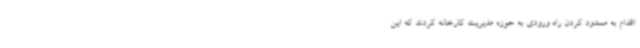
اقدام به مسدود کردن راه ورودی به حوزه مدیریت کارخانه کردند که این